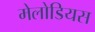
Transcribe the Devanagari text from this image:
मेलोडियस